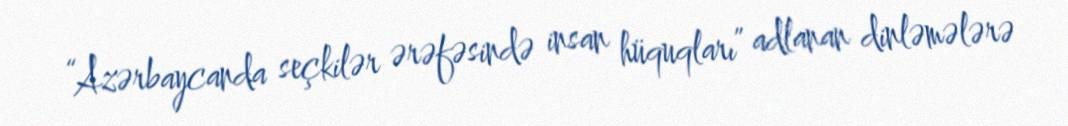
“Azərbaycanda seçkilər ərəfəsində insan hüquqları” adlanan dinləmələrə